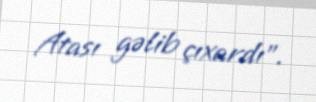
Atası gəlib çıxardı”.